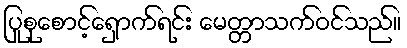
ပြုစုစောင့်ရှောက်ရင်း မေတ္တာသက်ဝင်သည်။